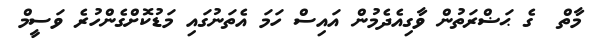
މާތް  ގެ ޙަޟްރަތުން ވާގިއެދެމުން އައިސް ހަމަ އެތަނުގައި މަޑުކޮށްގެންހުރެ ވަސީމް